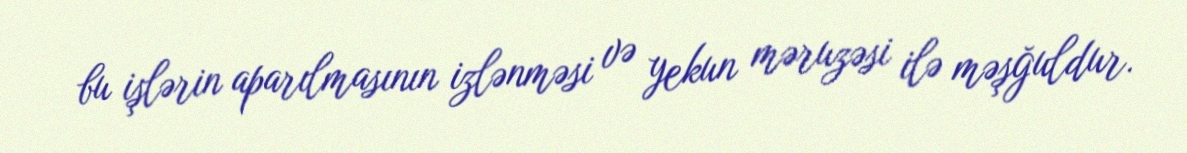
bu işlərin aparılmasının izlənməsi və yekun məruzəsi ilə məşğuldur.